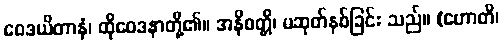
ဝေဒယိတာနံ၊ ထိုဝေဒနာတို့၏။ အနိဝတ္တိ၊ မဆုတ်နစ်ခြင်း သည်။ (ဟောတိ၊